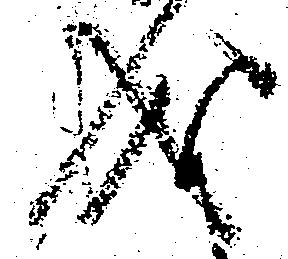
成